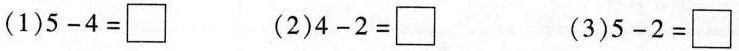
(1)$$5 - 4 = \Box$$ (2)$$4 - 2 = \Box$$ (3)$$5 - 2 = \Box$$